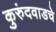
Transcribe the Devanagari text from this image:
कुरुंदवाडचे